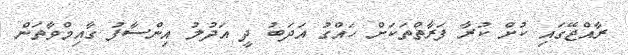
ރާއްޖޭގައި ކުށް ކުރާ ފަރާތްތަކަށް ހައްގު އަދަބު ދީ އަދުލު އިންސާފު ގާއިމްވާތަން